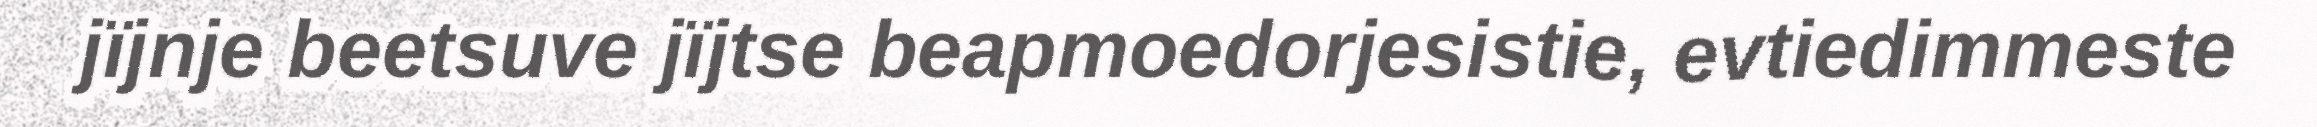
jïjnje beetsuve jïjtse beapmoedorjesistie, evtiedimmeste